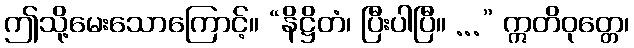
ဤသို့မေးသောကြောင့်။ “နိဋ္ဌိတံ၊ ပြီးပါပြီ။ ...” ဣတိဝုတ္တေ၊